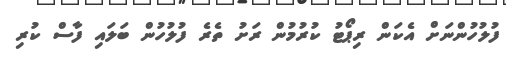
ފުލުހުންނަށް އެކަން ރިޕޯޓު ކުރުމުން ރަށު ތެރެ ފުލުހުން ބަލައި ފާސް ކުރި